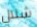
شلال